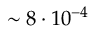
\sim 8 \cdot 1 0 ^ { - 4 }